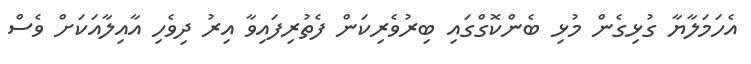
އެހަމަލާޔާ ގުޅިގެން މުޅި ބެންކޮގްގައި ބިރުވެރިކަން ފެތުރިފައިވާ އިރު ދިވެހި އާއިލާއަކަށް ވެސް